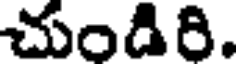
చుండిరి.